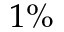
1 \%